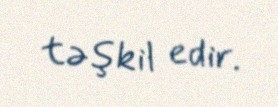
təşkil edir.